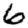
Digit: 6